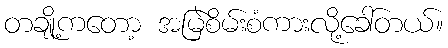
တချို့ကတော့ အမြဲစိမ်းစံကားလို့ခေါ်တယ်။